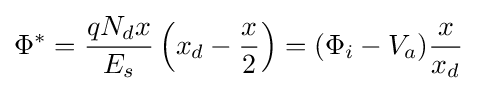
\Phi ^{*}={\frac {qN_{d}x}{E_{s}}}\left(x_{d}-{\frac {x}{2}}\right)=(\Phi _{i}-V_{a}){\frac {x}{x_{d}}}